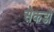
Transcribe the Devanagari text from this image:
सेकडो